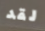
لقد